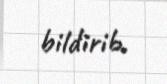
bildirib.